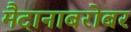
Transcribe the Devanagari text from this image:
मैदानाबरोबर